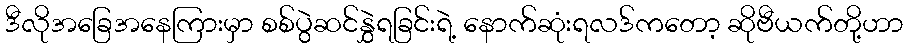
ဒီလိုအခြေအနေကြားမှာ စစ်ပွဲဆင်နွှဲရခြင်းရဲ့ နောက်ဆုံးရလဒ်ကတော့ ဆိုဗီယက်တို့ဟာ